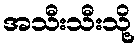
အသီးသီးသို့